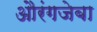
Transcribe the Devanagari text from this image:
औरंगजेबा